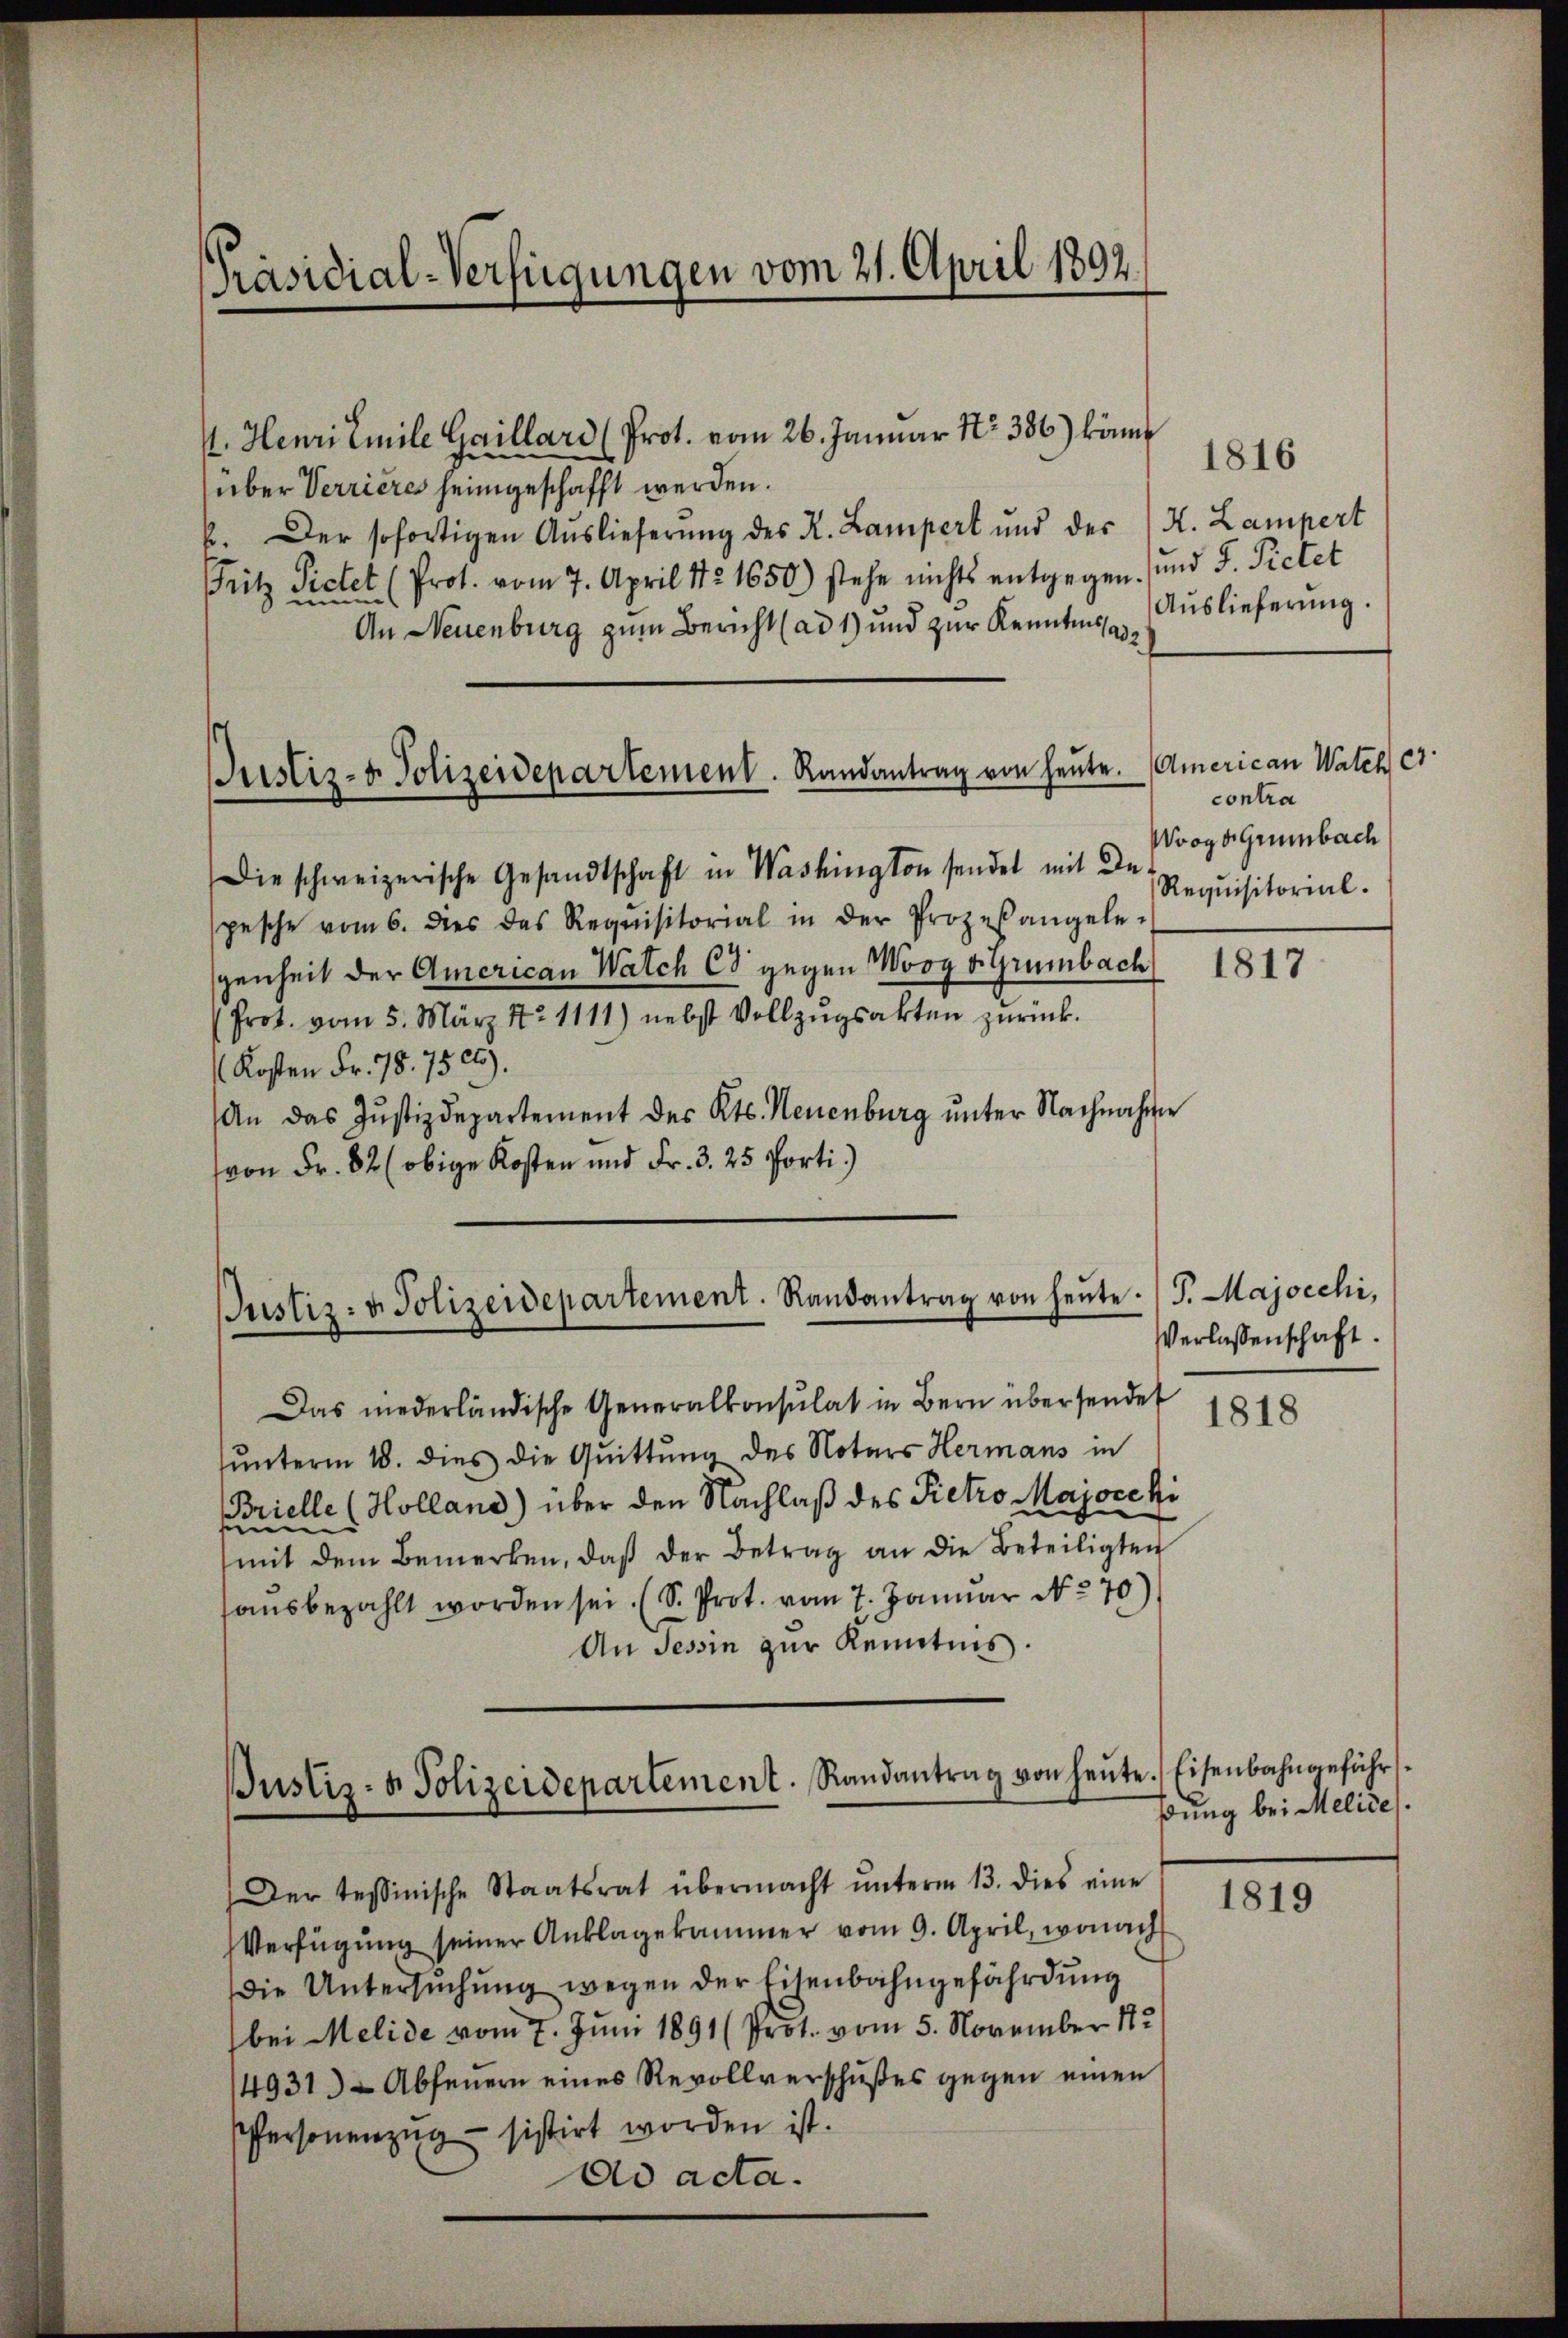
Präsidial-Verfügungen vom 21. April 1892.

4. Henri Emile Gaillari (Prot. vom 26. Januar Nr. 386.) könne
über Verrieres heimgeschafft werden.
6. Der sofortigen Auslieferung des K. Lampert und der (H. Lampert
Fritz Pietet (Prot. vom 7. April 181650) stehe nichts entgegen. und F. Pietet
An Neuenburg zŭm Bericht (ad 1) und zŭr Kenntnis Aŭslieferŭng.
Die schweizerische Gesandtschaft in Washington sendet mit Inpesche vom 6. dies das Requisitorial in der Prozesangele-
genheit der American Watch Cd gegen Wooy v. Grünbach 1817
(Prot. vom 5. März 172. 1111) nebst Vollzŭgsakten zurück.
Kosten Fr. 78. 7500).
An das Justizdepartement des Kts. Neuenburg unter Nachnahme
von Fr. 82 (obige Kosten und Fr. 3. 25 Porti

Justiz- u. Polizeidepartement. Randantrag von heute. J. Majocchi,

Das niederländische Generalkonsulat in Bern übersendet
unterm 18. dies die Quittung des Notars Hermans in
ielle (Holland) über den Nachlaß des Pietro Majore hi
s
e
mit dem Bemerken, daß der Betrag an die Beteiligten
sausbezahlt worden sei. (S. Prot. vom 7. Januar N. 270)
An Tessin zŭr Kenntnis.

Justiz- & Polizeidepartement. Randantrag von heute

Der tessinische Staatsrat übermacht ŭnterm 13. dies eine
Verfügung seiner Anklagekammer vom 9. April, wonach
die Untersŭchŭng wegen der Eisenbahngefährdung
bei Melide vom 7. Juni 1891 (Prot. vom 5. November 182
14931) Abfeuern eines Revollverschußes gegen einen
Personenzug - sistirt worden ist.
ad acta.

1816

contra
Wooge Grünbach
Requisitorial.

Verlassenschaft.

1818

Eisenbahngefähr
hrung bei Melides.

1819